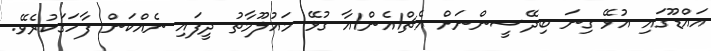
އައްޑޫގައި އުޅޭ ގިނަ ބިދޭސީންނަށް އެޗް1އެން1އާ ގުޅޭ މައުލޫމާތު ދީފައި ނެއްކަން ފާހަގަކުރެވޭ.